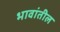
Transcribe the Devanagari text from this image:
भावांतील